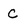
Character: C